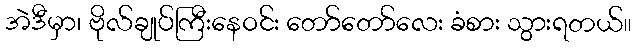
အဲဒီမှာ၊ ဗိုလ်ချုပ်ကြီးနေဝင်း တော်တော်လေး ခံစား သွားရတယ်။